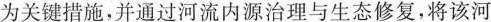
为关键措施，并通过河流内源治理与生态修复，将该河